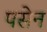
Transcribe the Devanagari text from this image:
पसेन